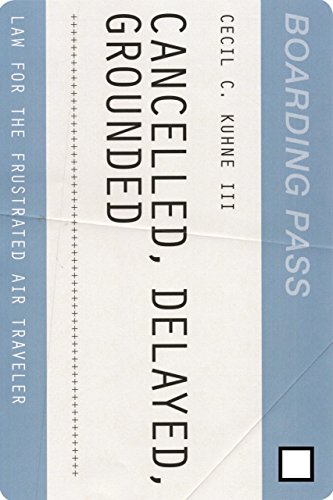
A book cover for Cancelled, Delayed, Grounded: Law for the Frustrated Air Traveler; Cecil C., III Kuhne ; Law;